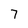
Character: 7